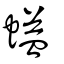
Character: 螠